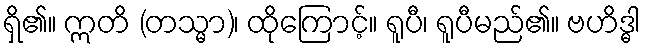
ရှိ၏။ ဣတိ (တသ္မာ)၊ ထိုကြောင့်။ ရူပီ၊ ရူပီမည်၏။ ဗဟိဒ္ဓါ